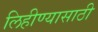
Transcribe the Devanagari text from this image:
लिहीण्यासाठी